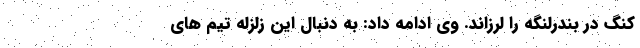
کنگ در بندرلنگه را لرزاند. وی ادامه داد: به دنبال این زلزله تیم های